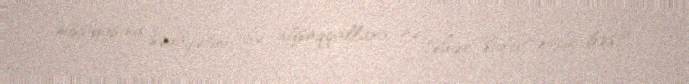
missiyasına sədaqətini isə ağsaqqallara nə təhər sübut etsin bəs?.